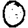
Digit: 0